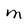
Character: M